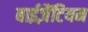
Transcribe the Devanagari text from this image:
बाईज़ैंटियम